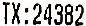
TX:24382